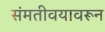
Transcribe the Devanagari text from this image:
संमतीवयावरून